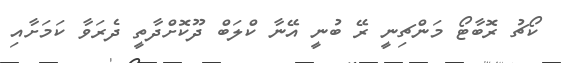
ކޯޗު ރޮބާޓޯ މަންޗިނީ ރޭ ބުނީ އޭނާ ކްލަބް ދޫކޮށްދާތީ ދެރަވާ ކަމަށާއި